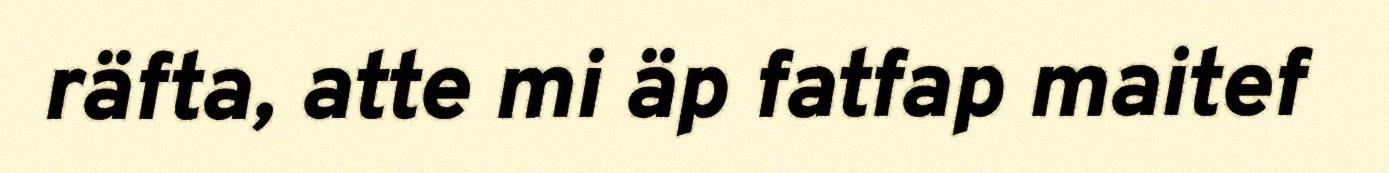
räfta, atte mi äp fatfap maitef